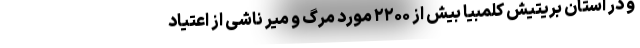
و در استان بریتیش کلمبیا بیش از ۲۲۰۰ مورد مرگ و میر ناشی از اعتیاد